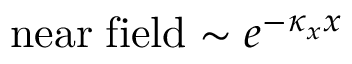
\mathrm { n e a r \; f i e l d } \sim e ^ { - \kappa _ { x } x }